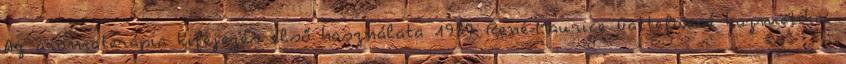
Az aromaterápia kifejezés első használata 1937 René-Maurice Gattefossé kozmetikai